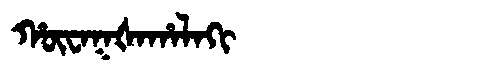
Manchu: ᡥᡡᠸᠠᡴᡧᠠᡥᠠᠯᠠᡴᡳ
Romanization: HŪWAKŠAHALAKI